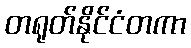
တရုတ်နိုင်ငံတကာ